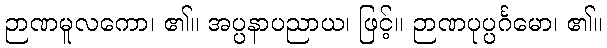
ဉာဏမူလကော၊ ၏။ အပ္ပနာပညာယ၊ ဖြင့်။ ဉာဏပုပ္ပင်္ဂမော၊ ၏။